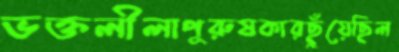
ভক্তলীলাপুরুষকারছুঁয়েছিল